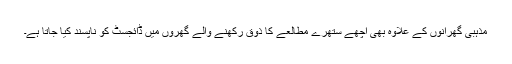
مذہبی گھرانوں کے علاوہ بھی اچھے ستھرے مطالعے کا ذوق رکھنے والے گھروں میں ڈائجسٹ کو ناپسند کیا جاتا ہے۔